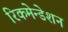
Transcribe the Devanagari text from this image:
रिकमेन्डेशन